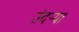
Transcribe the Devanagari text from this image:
उंदर्‍या